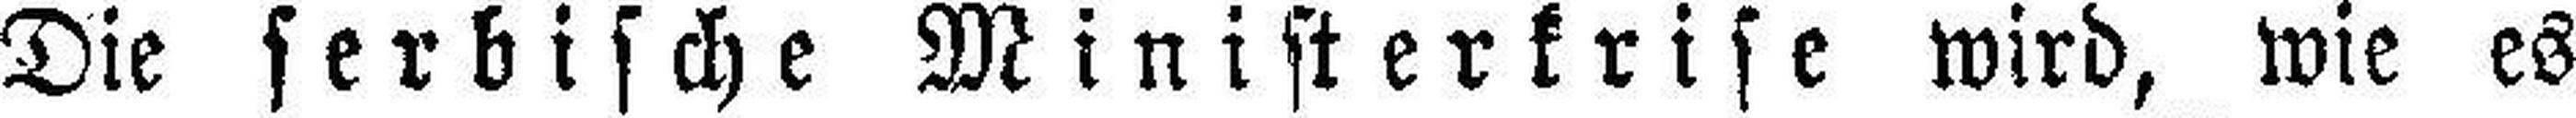
Die serbische Ministerkrise wird, wie es